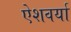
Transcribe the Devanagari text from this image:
ऐशवर्या